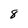
Character: 8